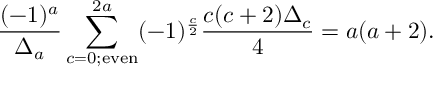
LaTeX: { \frac { ( - 1 ) ^ { a } } { \Delta _ { a } } } \sum _ { c = 0 ; \mathrm { e v e n } } ^ { 2 a } ( - 1 ) ^ { \frac { c } { 2 } } { \frac { c ( c + 2 ) \Delta _ { c } } { 4 } } = a ( a + 2 ) .